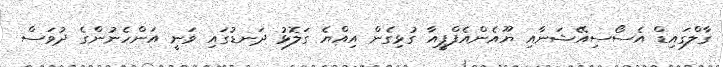
ގާލްގައިޑް އެސޯސިއޭޝަނާއި ޔޫއެންއެފްޕީއާ ގުޅިގެން އިއްޔެ ގަލޮޅު ދަނޑުގައި ވަނީ އަންހެނުންގެ ދުވަސް